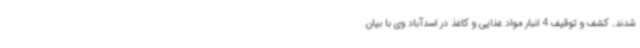
شدند. کشف و توقیف 4 انبار مواد غذایی و کاغذ در اسدآباد وی با بیان